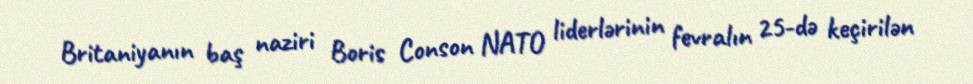
Britaniyanın baş naziri Boris Conson NATO liderlərinin fevralın 25-də keçirilən